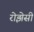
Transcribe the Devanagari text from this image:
रोझेसी